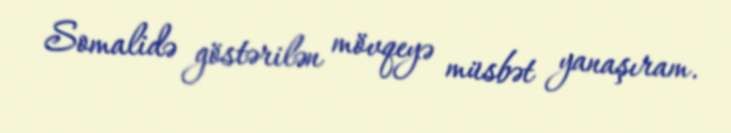
Somalidə göstərilən mövqeyə müsbət yanaşıram.